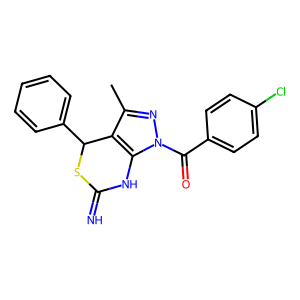
SMILES: Cc1nn(C(=O)c2ccc(Cl)cc2)c2c1C(c1ccccc1)SC(=N)N2
Inhibits HIV replication: No